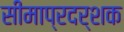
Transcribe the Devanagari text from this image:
सीमाप्रदर्शक